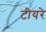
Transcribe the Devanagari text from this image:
टीयरे